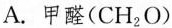
A. 甲醛(CH_{2}O)